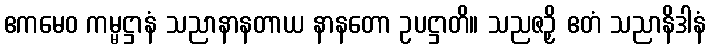
ဧကမေဝ ကမ္မဋ္ဌာနံ သညာနာနတာယ နာနတော ဥပဋ္ဌာတိ။ သညဇဉှိ ဧတံ သညာနိဒါနံ